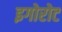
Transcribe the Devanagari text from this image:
इगोरोट